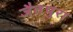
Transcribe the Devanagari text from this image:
जैतपुरा